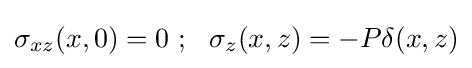
\sigma _{xz}(x,0)=0~;~~\sigma _{z}(x,z)=-P\delta (x,z)